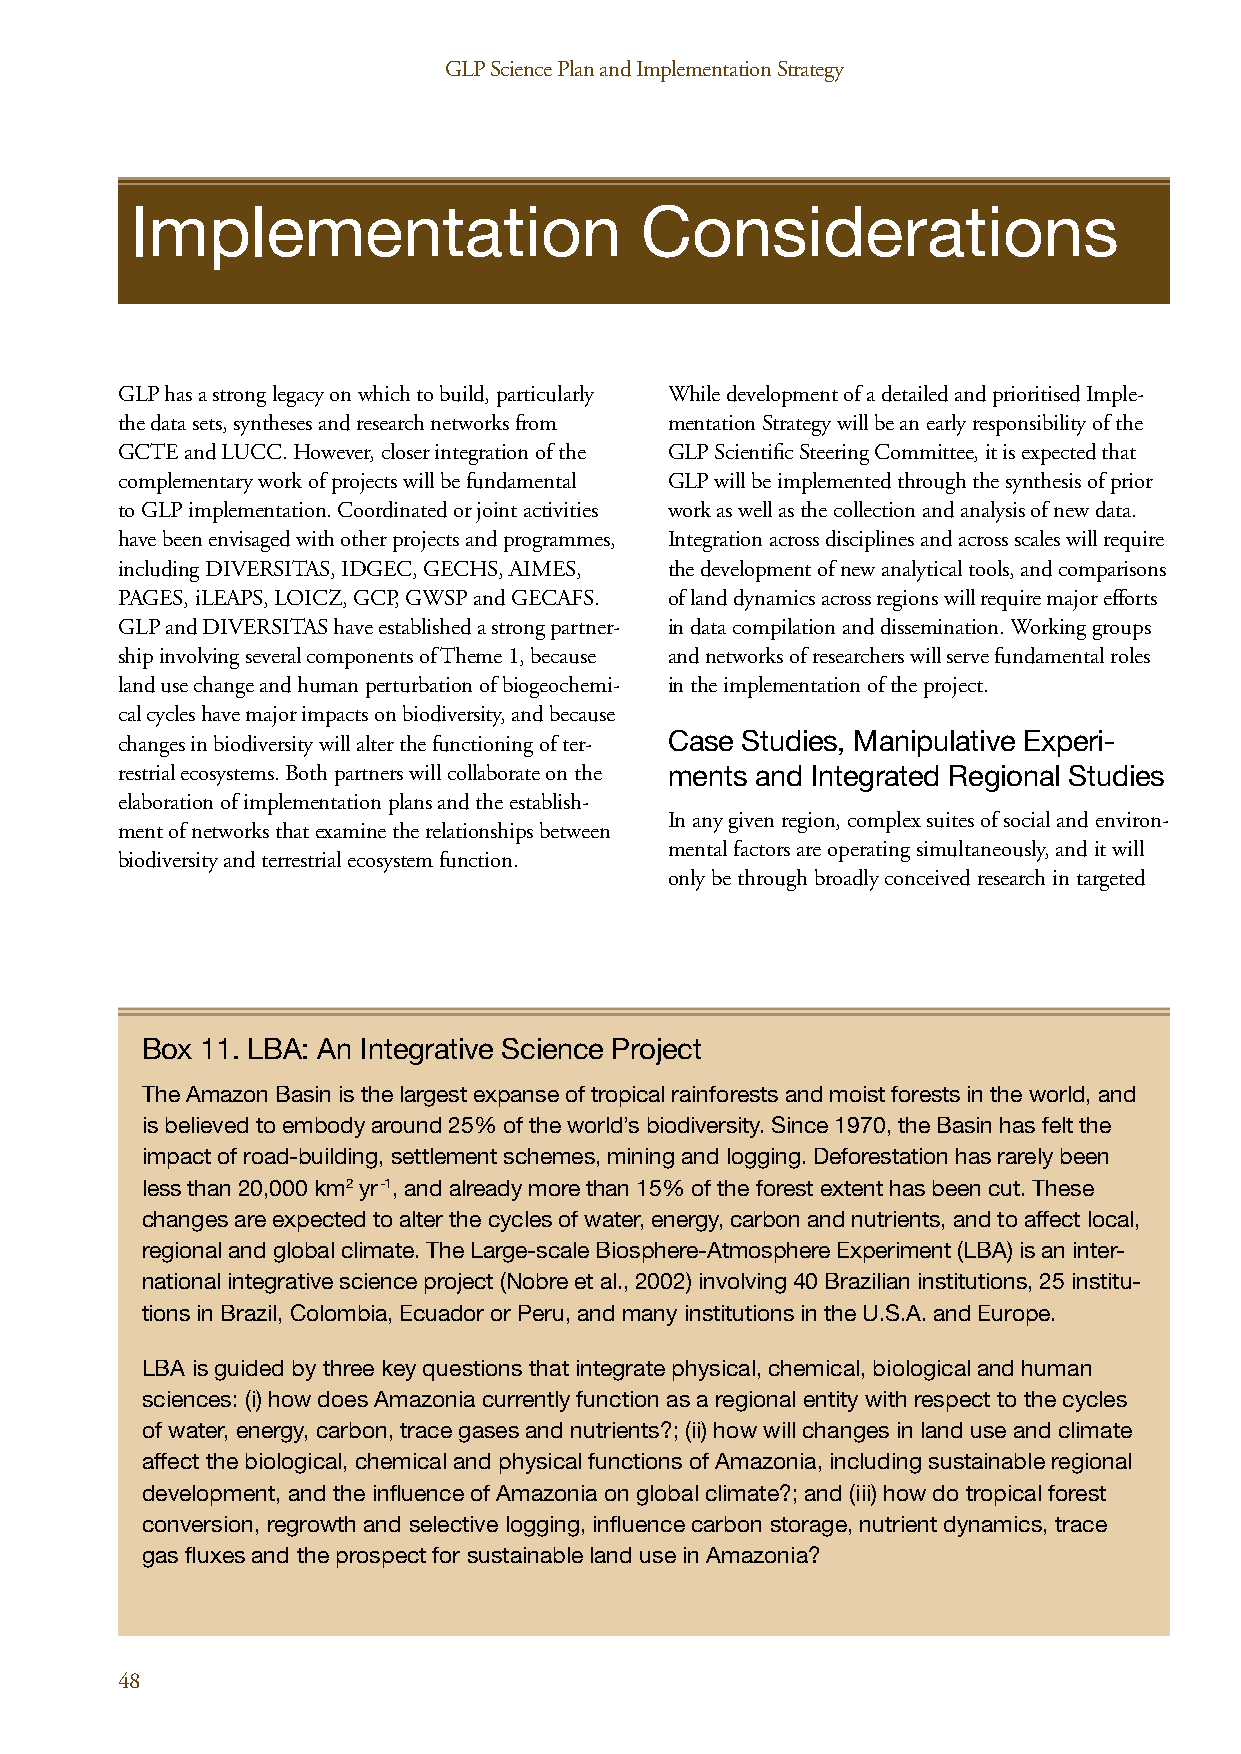
GLP Science Plan and Implementation Strategy                                   GLP Science Plan and Implementation Strategy
 Implementation                   Considerations
 GLP has a strong legacy on which to build, particularly While development of a detailed and prioritised Imple-
 the data sets, syntheses and research networks from mentation Strategy will be an early responsibility of the
 GCTE and LUCC. However, closer integration of the GLP Scientific Steering Committee, it is expected that
 complementary work of projects will be fundamental GLP will be implemented through the synthesis of prior
 to GLP implementation. Coordinated or joint activities work as well as the collection and analysis of new data.
 have been envisaged with other projects and programmes, Integration across disciplines and across scales will require
 including DIVERSITAS, IDGEC, GECHS, AIMES, the development of new analytical tools, and comparisons
 PAGES, iLEAPS, LOICZ, GCP, GWSP and GECAFS. of land dynamics across regions will require major efforts
 GLP and DIVERSITAS have established a strong partner- in data compilation and dissemination. Working groups
 ship involving several components of Theme 1, because and networks of researchers will serve fundamental roles
 land use change and human perturbation of biogeochemi- in the implementation of the project.
 cal cycles have major impacts on biodiversity, and because
 changes in biodiversity will alter the functioning of ter- Case Studies, Manipulative Experi-
 restrial ecosystems. Both partners will collaborate on the ments and Integrated Regional Studies
 elaboration of implementation plans and the establish-
 In any given region, complex suites of social and environ-
 ment of networks that examine the relationships between
 mental factors are operating simultaneously, and it will
 biodiversity and terrestrial ecosystem function.
 only be through broadly conceived research in targeted
 Box 11. LBA: An Integrative Science Project
 The Amazon Basin is the largest expanse of tropical rainforests and moist forests in the world, and
 is believed to embody around 25% of the world’s biodiversity. Since 1970, the Basin has felt the
 impact of road-building, settlement schemes, mining and logging. Deforestation has rarely been
 less than 20,000 km2 yr-1, and already more than 15% of the forest extent has been cut. These
 changes are expected to alter the cycles of water, energy, carbon and nutrients, and to affect local,
 regional and global climate. The Large-scale Biosphere-Atmosphere Experiment (LBA) is an inter-
 national integrative science project (Nobre et al., 2002) involving 40 Brazilian institutions, 25 institu-
 tions in Brazil, Colombia, Ecuador or Peru, and many institutions in the U.S.A. and Europe.
 LBA is guided by three key questions that integrate physical, chemical, biological and human
 sciences: (i) how does Amazonia currently function as a regional entity with respect to the cycles
 of water, energy, carbon, trace gases and nutrients?; (ii) how will changes in land use and climate
 affect the biological, chemical and physical functions of Amazonia, including sustainable regional
 development, and the influence of Amazonia on global climate?; and (iii) how do tropical forest
 conversion, regrowth and selective logging, influence carbon storage, nutrient dynamics, trace
 gas fluxes and the prospect for sustainable land use in Amazonia?
 48                                                                                                                                                 49